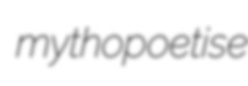
mythopoetise